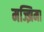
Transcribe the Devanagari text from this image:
मज्झिमा